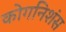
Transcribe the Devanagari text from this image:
कोगनिशंस